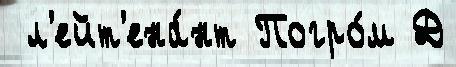
 л'ейт'ена́нт Погро́м Д